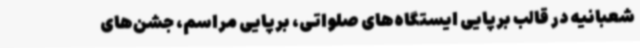
شعبانیه در قالب برپایی ایستگاه‌های صلواتی، برپایی مراسم، جشن‌های